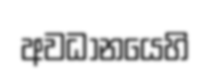
අවධානයෙහි